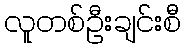
လူတစ်ဦးချင်းစီ